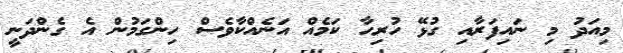
މިއަދު މި ނައިފަރާއި ގުޅޭ ހުރިހާ ކަމެއް އަނެއްކާވެސް ހިންގަމުން އެ ގެންދަނީ